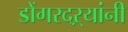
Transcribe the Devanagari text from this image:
डोंगरदऱ्यांनी